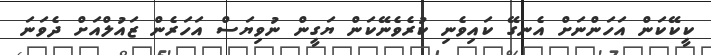
ކީކޭކަން އަހަންނަށް އެނގޭ ކައިވެނި ކުރެވެނޭކަން ޔަގީން ނުވިޔަސް އަހަރެން ޒައުލްއަށް ދެވަނަ